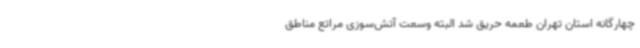
چهارگانه استان تهران طعمه حریق شد البته وسعت آتش‌سوزی مراتع مناطق